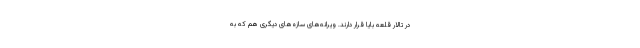
در تالار قلعه بایا قرار دارند. ویرانه‌های سازه‌های دیگری هم که به